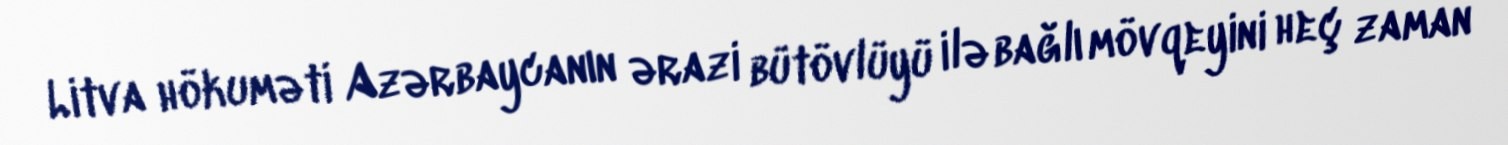
Litva hökuməti Azərbaycanın ərazi bütövlüyü ilə bağlı mövqeyini heç zaman